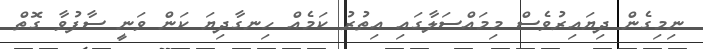
ނިމިގެން ދިޔައިރުވެސް މިމައްސަލާގައި އިތުރު ކަމެއް ހިނގާދިޔަ ކަން ވަނީ ސާފުވާ ގޮތް